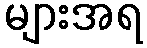
များအရ